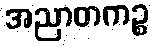
အညာတကဉ္စ